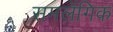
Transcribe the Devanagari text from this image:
समलेंगिक